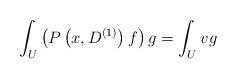
LaTeX: \begin{align*}\int_U \left (P\left(x,D^{(1)}\right)f\right) g=\int_U v g\end{align*}